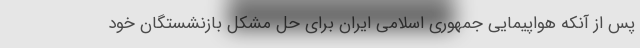
پس از آنکه هواپیمایی جمهوری اسلامی ایران برای حل مشکل بازنشستگان خود